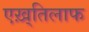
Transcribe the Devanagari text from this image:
एख़्तिलाफ